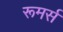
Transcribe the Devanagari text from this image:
रूमर्स